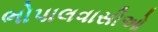
ભોપાલવાસીઓ